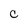
Character: c